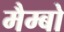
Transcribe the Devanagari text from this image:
मैम्बो